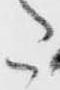
た